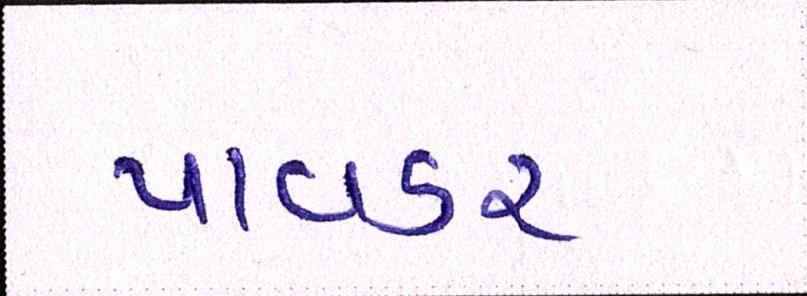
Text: પાવડર